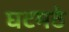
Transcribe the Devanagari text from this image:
घटमठे